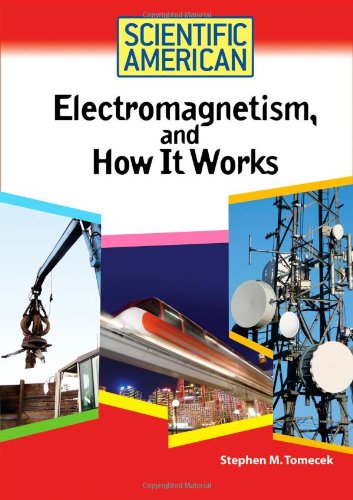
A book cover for Electromagnetism, And How It Works (Scientific American); Stephen M. Tomecek; Children's Books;